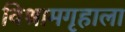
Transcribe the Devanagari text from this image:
विश्रामगृहाला